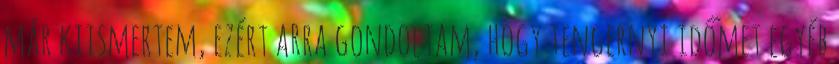
már kiismertem, ezért arra gondoltam, hogy tengernyi időmet egyéb